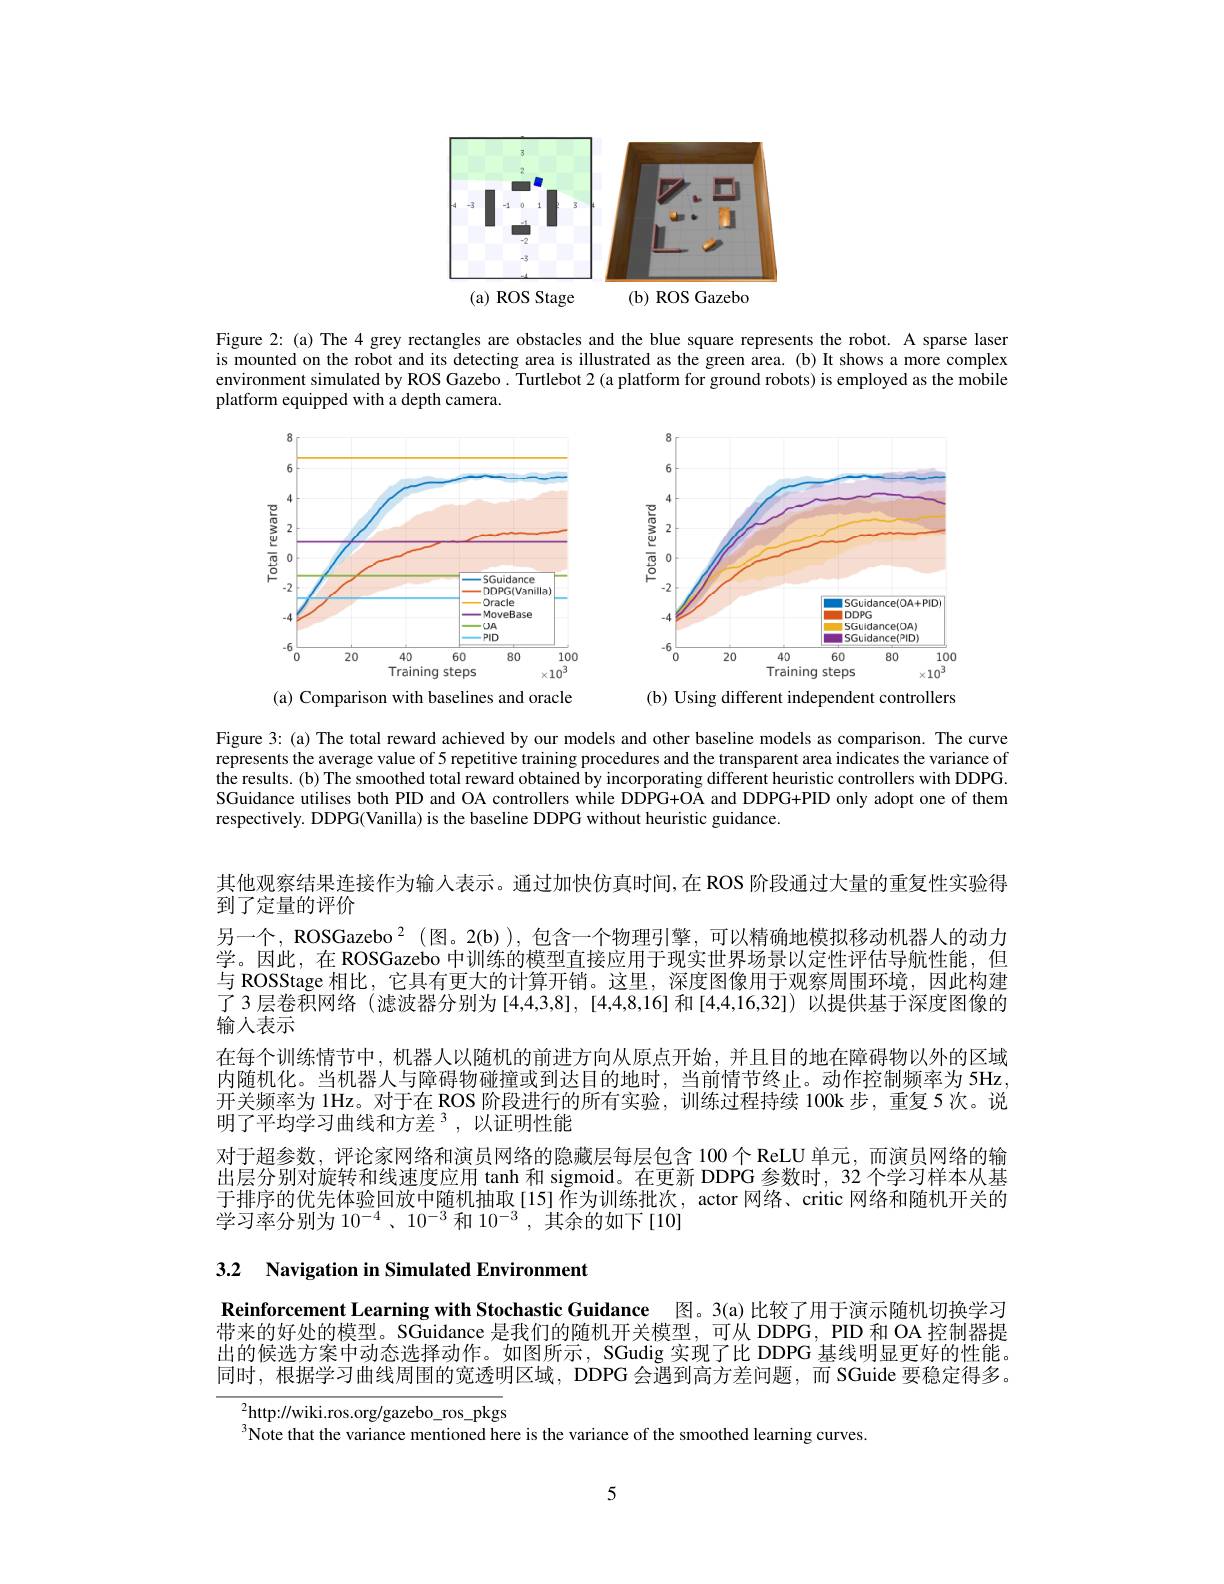
<FigureHere>

Figure 2: (a) The 4 grey rectangles are obstacles and the blue square represents the robot. A sparse laser is mounted on the robot and its detecting area is illustrated as the green area. (b) It shows a more complex environment simulated by ROS Gazebo. Turtlebot 2 (a platform for ground robots) is employed as the mobile platform equipped with a depth camera.

<FigureHere>
(a) Comparison with baselines and oracle

<FigureHere>

(b) Using different independent controllers

Figure 3: (a) The total reward achieved by our models and other baseline models as comparison. The curve represents the average value of 5 repetitive training procedures and the transparent area indicates the variance of the results.(b) The smoothed total reward obtained by incorporating different heuristic controllers with DDPG. SGuidance utilises both PID and OA controllers while DDPG+OA and DDPG+PID only adopt one of them respectively. DDPG(Vanilla) is the baseline DDPG without heuristic guidance.

其他观察结果连接作为输人表示。通过加快仿真时间，在 ROS 阶段通过大量的重复性实验得
到了定量的评价
另一个，ROSGazebo $^2$ (图。2(b) ),包含一个物理引擎，可以精确地模拟移动机器人的动力学。因此，在 ROSGazebo 中训练的模型直接应用于现实世界场景以定性评估导航性能，但与 ROSStage 相比，它具有更大的计算开销。这里，深度图像用于观察周围环境，因此构建了 3 层卷积网络 (滤波器分别为 [4,4,3,8], [4,4,8,16] 和 [4,4,16,32]) 以提供基于深度图像的$\tilde{\text{输人表示}}$
在每个训练情节中，机器人以随机的前进方向从原点开始，并且目的地在障碍物以外的区域内随机化。当机器人与障碍物碰撞或到达目的地时，当前情节终止。动作控制频率为 5Hz 开关频率为 1Hz。对于在 ROS 阶段进行的所有实验，训练过程持续 100k 步，重复 5 次。说明了平均学习曲线和方差$^3$,以证明性能
对于超参数，评论家网络和演员网络的隐藏层每层包含 100个 ReLU 单元，而演员网络的输出层分别对旋转和线速度应用 tanh 和 sigmoid。在更新 DDPG 参数时，32 个学习样本从基于排序的优先体验回放中随机抽取[15]作为训练批次，actor 网络、critic 网络和随机开关的学习率分别为$10^-4$、$10^{-3}$和$10^-3$,其余的如下[10]

3.2 Navigation in Simulated Environment

Reinforcement Learning with Stochastic Guidance 图。3(a)比较了用于演示随机切换学习带来的好处的模型。SGuidance 是我们的随机开关模型，可从 DDPG, PID 和 OA 控制器提出的候选方案中动态选择动作。如图所示，SGudig 实现了比 DDPG 基线明显更好的性能。同时，根据学习曲线周围的宽透明区域，DDPG 会遇到高方差问题，而 SGuide 要稳定得多。

$^2$http://wiki.ros.org/gazebo\_ros\_pkgs

$^{3}$Note that the variance mentioned here is the variance of the smoothed learning curves.

5